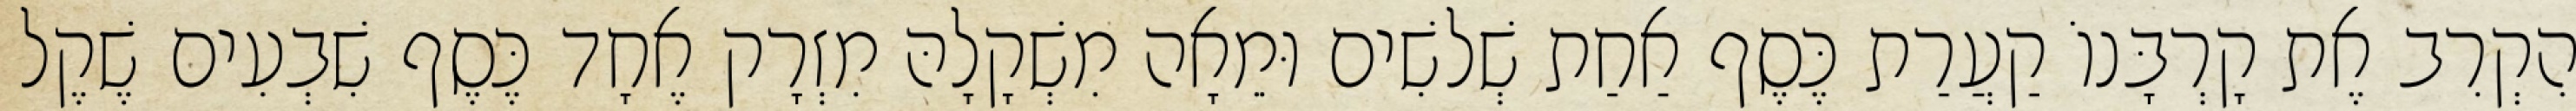
הִקְרִב אֶת קָרְבָּנוֹ קַעֲרַת כֶּסֶף אַחַת שְׁלשִׁים וּמֵאָה מִשְׁקָלָהּ מִזְרָק אֶחָד כֶּסֶף שִׁבְעִים שֶׁקֶל